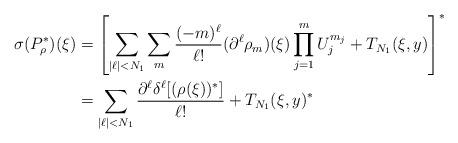
LaTeX: \begin{align*}\sigma(P_{\rho}^*)(\xi)&= \left[\sum_{|\ell|<N_1}\sum_m\frac{(-m)^{\ell}}{\ell!}(\partial^{\ell}\rho_m)(\xi)\prod_{j=1}^mU_j^{m_j}+T_{N_1}(\xi,y)\right]^* \\&= \sum_{|\ell|<N_1}\frac{\partial^{\ell}\delta^{\ell}[(\rho(\xi))^*]}{\ell!}+T_{N_1}(\xi,y)^*\end{align*}